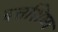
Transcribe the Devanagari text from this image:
दत्तशिष्य